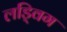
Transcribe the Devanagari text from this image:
लड्विग